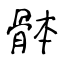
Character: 骵